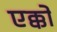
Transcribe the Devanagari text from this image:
एक्को